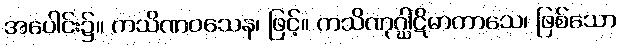
အပေါင်း၌။ ကသိဏဝသေန၊ ဖြင့်။ ကသိဏုဂ္ဃါဋိမာကာသေ၊ ဖြစ်သော